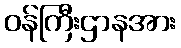
ဝန်ကြီးဌာနအား